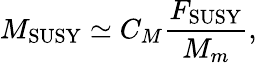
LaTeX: M_{\mathrm{SUSY}}\simeq C_{M}\frac{F_{\mathrm{SUSY}}}{M_{m}},